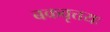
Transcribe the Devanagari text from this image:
बकवृत्तयः